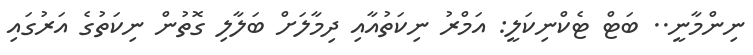
ނިންމާނީ.. ބަޓް ޓެކްނިކަލީ: އަމްރު ނިކަތުއާއި ދިމާލަށް ބަލާލި ގޮތުން ނިކަތުގެ އަރުގައި